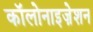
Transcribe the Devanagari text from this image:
कॉलोनाइज़ेशन